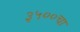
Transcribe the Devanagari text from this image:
३५००चा